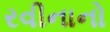
રવીનાનો